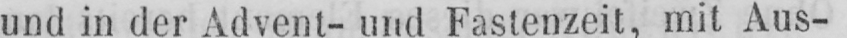
und in der Advent- und Fastenzeit, mit Aus-